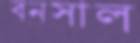
বনসাল